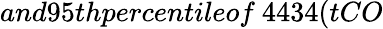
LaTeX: and95thpercentileof\ 4434(tCO